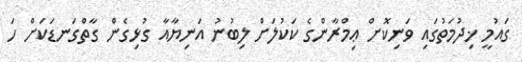
ގައުމީ ޚިދުމަތުގައި ވަނިކޮށް ޢިމްރާންގެ ކަކުލަށް ލިބުނު އަނިޔާއާ ގުޅިގެން ގާތްގަނޑަކަށް ހަ